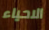
الاحياء